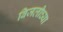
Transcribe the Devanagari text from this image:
बिजलीच्या